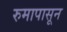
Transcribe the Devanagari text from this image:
रुमापासून